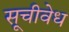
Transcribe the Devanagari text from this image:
सूचीवेध